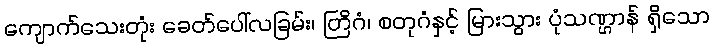
ကျောက်သေးတုံး ခေတ်ပေါ်လခြမ်း၊ တြိဂံ၊ စတုဂံနှင့် မြားသွား ပုံသဏ္ဌာန် ရှိသော